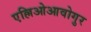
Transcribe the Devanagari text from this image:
एल्लिओआवोगुर